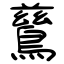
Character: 鶿